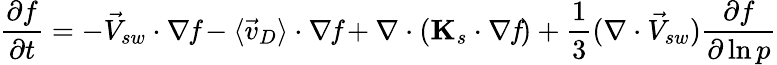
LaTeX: \frac{\partial f}{\partial t}=-\vec{V}_{sw}\cdot\nabla\mathit{f}-\langle\vec{v}_{D}\rangle\cdot\nabla\mathit{f}+\nabla\cdot(\mathbf{K}_{s}\cdot\nabla\mathit{f})+\frac{1}{3}(\nabla\cdot\vec{V}_{sw})\frac{\partial f}{\partial\ln p}